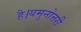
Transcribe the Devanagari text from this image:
है।यमुनोत्तरी